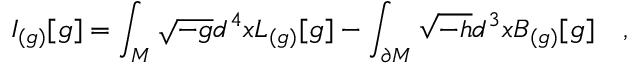
I _ { ( g ) } [ g ] = \int _ { \cal M } \sqrt { - g } d ^ { 4 } x L _ { ( g ) } [ g ] - \int _ { \partial { \cal M } } \sqrt { - h } d ^ { 3 } x B _ { ( g ) } [ g ] ~ ~ ~ ,